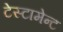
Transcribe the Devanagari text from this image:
टेस्टामेन्ट